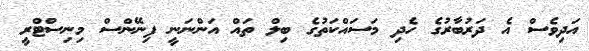
އަދިވެސް އެ ދަރުބާރުގެ ހެދި މަސައްކަތުގެ ބިލް ތައް އަންނަނީ ފިނޭންސް މިނިސްޓްރީ